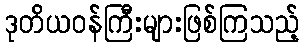
ဒုတိယဝန်ကြီးများဖြစ်ကြသည့်